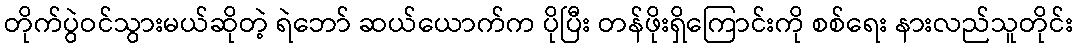
တိုက်ပွဲဝင်သွားမယ်ဆိုတဲ့ ရဲဘော် ဆယ်ယောက်က ပိုပြီး တန်ဖိုးရှိကြောင်းကို စစ်ရေး နားလည်သူတိုင်း